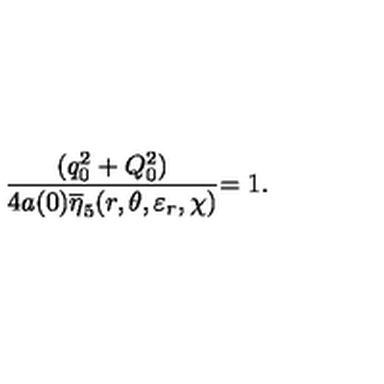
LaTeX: \frac { ( q _ { 0 } ^ { 2 } + Q _ { 0 } ^ { 2 } ) } { 4 a ( 0 ) \overline { { \eta } } _ { 5 } ( r , \theta , \varepsilon _ { r } , \chi ) } { = 1 . }